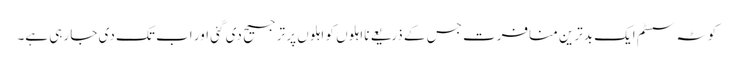
کوٹہ سسٹم ایک بدترین منافرت جس کے ذریعے نااہلوں کو اہلوں پر ترجیح دی گئی اور اب تک دی جا رہی ہے۔